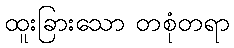
ထူးခြားသော တစုံတရာ